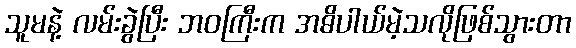
သူမနဲ့ လမ်းခွဲပြီး ဘဝကြီးက အဓိပါယ်မဲ့သလိုဖြစ်သွားတာ